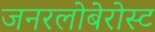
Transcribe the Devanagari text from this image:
जनरलोबेरोस्ट